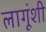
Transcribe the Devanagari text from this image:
लागूंशी